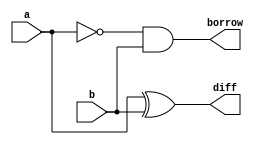
module half_subtractor(input a,b,output reg diff,borrow);
always@(*)
begin
diff=a^b;
borrow=~a&b;
end
endmodule